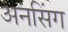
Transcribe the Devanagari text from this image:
अनसिंग